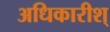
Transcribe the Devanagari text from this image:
अधिकारीश्